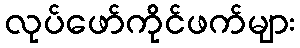
လုပ်ဖော်ကိုင်ဖက်များ